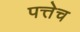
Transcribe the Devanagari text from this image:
पत्तेच